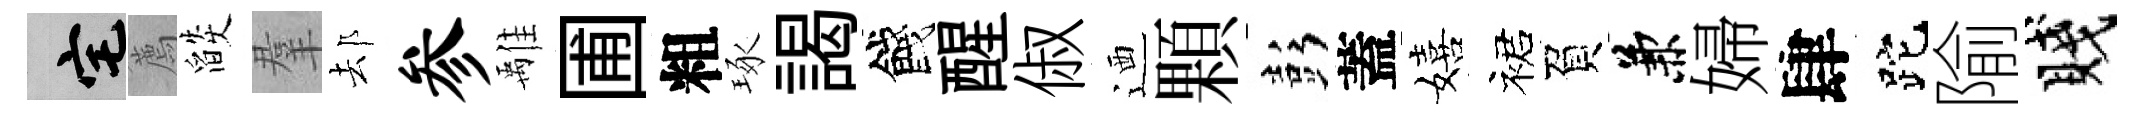
宅薦燄羣𨚫参𩀌圃粗琢謁餞醒俶迺顆彭蓋嬉裙負兼婦肆跎隃賤